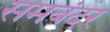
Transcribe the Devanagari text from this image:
समबंदर